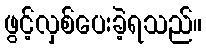
ဖွင့်လှစ်ပေးခဲ့ရသည်။